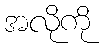
အလိုကို